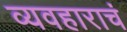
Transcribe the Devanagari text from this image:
व्यवहाराचं